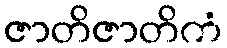
ဇာတိဇာတိကံ